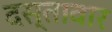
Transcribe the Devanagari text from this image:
दस्तावार